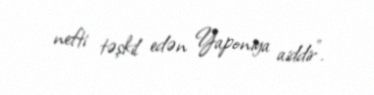
nefti təşkil edən Yaponiya aiddir".